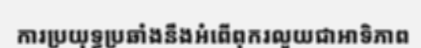
ការប្រយុទ្ធប្រឆាំងនឹងអំពើពុករលួយជាអាទិភាព